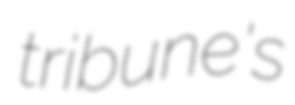
tribune's